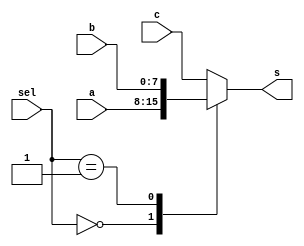
module mux_4CANAIS_4b  (a, b, c, s, sel);

  input [7:0] a, b, c;
  input  [1:0] sel;
  
  output reg[7:0] s;
  
  always @ (a,b,c,sel)
    case (sel)
      0: s <= a; 
      1: s <= b;
      2: s <= c;
      default s <= c;
   endcase
	
endmodule